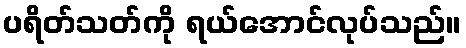
ပရိတ်သတ်ကို ရယ်အောင်လုပ်သည်။